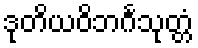
ဒုတိယဝိဘင်္ဂသုတ္တံ